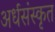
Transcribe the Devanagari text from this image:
अर्धसंस्कृत